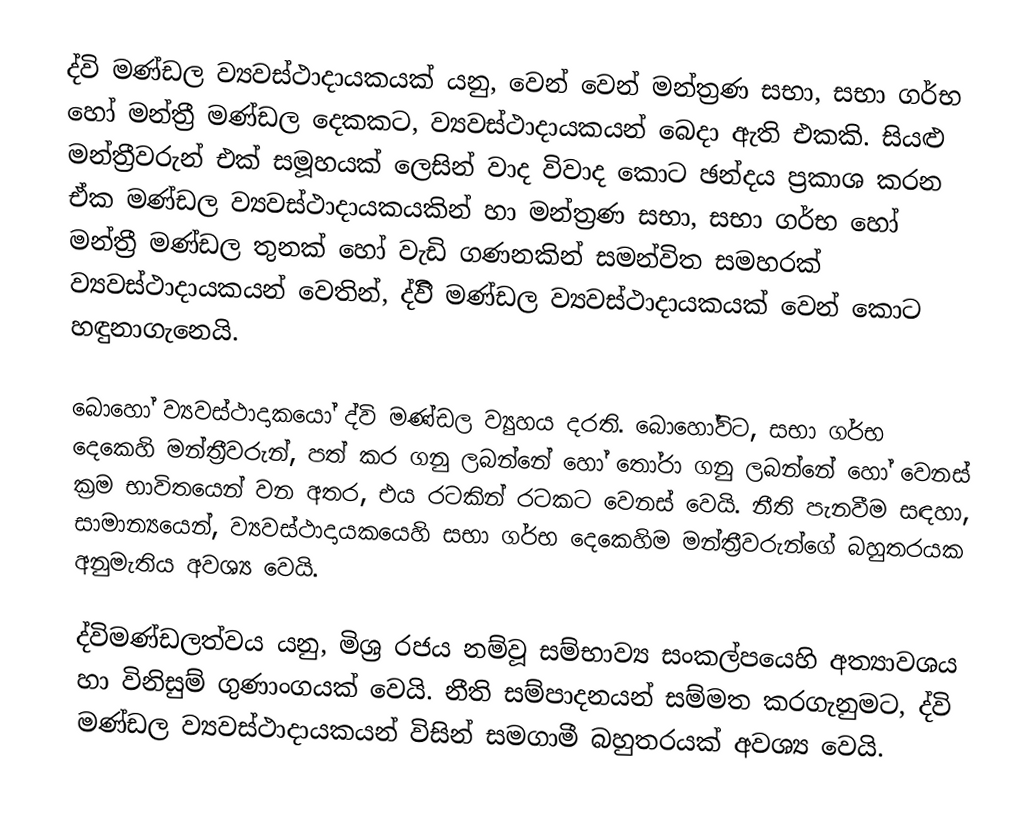
ද්වි මණ්ඩල ව්‍යවස්ථාදායකයක් යනු, වෙන් වෙන් මන්ත්‍රණ සභා, සභා ගර්භ හෝ මන්ත්‍රී මණ්ඩල දෙකකට, ව්‍යවස්ථාදායකයන් බෙදා ඇති එකකි. සියළු මන්ත්‍රීවරුන් එක් සමූහයක් ලෙසින් වාද විවාද කොට ඡන්දය ප්‍රකාශ කරන ඒක මණ්ඩල ව්‍යවස්ථාදායකයකින් හා මන්ත්‍රණ සභා, සභා ගර්භ හෝ මන්ත්‍රී මණ්ඩල තුනක් හෝ වැඩි ගණනකින් සමන්විත සමහරක් ව්‍යවස්ථාදායකයන් වෙතින්, ද්විි මණ්ඩල ව්‍යවස්ථාදායකයක් වෙන් කොට හඳුනාගැනෙයි.

බොහෝ ව්‍යවස්ථාදාකයෝ ද්වි මණ්ඩල ව්‍යුහය දරති. බොහෝවිට,  සභා ගර්භ දෙකෙහි මන්ත්‍රීවරුන්, පත් කර ගනු ලබන්නේ හෝ තෝරා ගනු ලබන්නේ හෝ වෙනස් ක්‍රම භාවිතයෙන් වන අතර,  එය රටකින් රටකට වෙනස් වෙයි. නීති පැනවීම සඳහා, සාමාන්‍යයෙන්, ව්‍යවස්ථාදායකයෙහි සභා ගර්භ දෙකෙහිම මන්ත්‍රීවරුන්ගේ බහුතරයක අනුමැතිය අවශ්‍ය වෙයි.

ද්විමණ්ඩලත්වය යනු,  මිශ්‍ර රජය නම්වූ සම්භාව්‍ය සංකල්පයෙහි අත්‍යාවශය හා විනිසුම් ගුණාංගයක් වෙයි. නීති සම්පාදනයන් සම්මත කරගැනුමට, ද්වි මණ්ඩල ව්‍යවස්ථාදායකයන් විසින් සමගාමී බහුතරයක් අවශ්‍ය වෙයි.